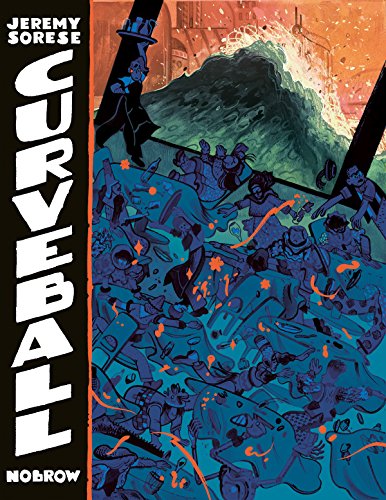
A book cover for Curveball; Comics & Graphic Novels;